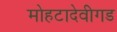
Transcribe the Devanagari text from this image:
मोहटादेवीगड